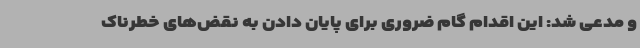
و مدعی شد: این اقدام گام ضروری برای پایان دادن به نقض‌های خطرناک